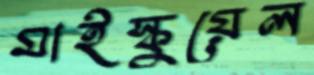
মাইস্কুয়েল